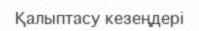
Қалыптасу кезеңдері